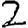
Digit: 2